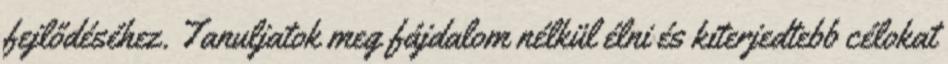
fejlődéséhez. Tanuljatok meg fájdalom nélkül élni és kiterjedtebb célokat